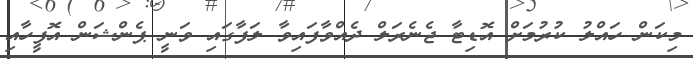
މިކަން ހައްލު ކުރުމަށް އޮޑިޓާ ޖެނެރަލް ދެއްވާފައިވާ ލަފާގައި ވަނީ ޕެންޝަން އޮފީހާއި